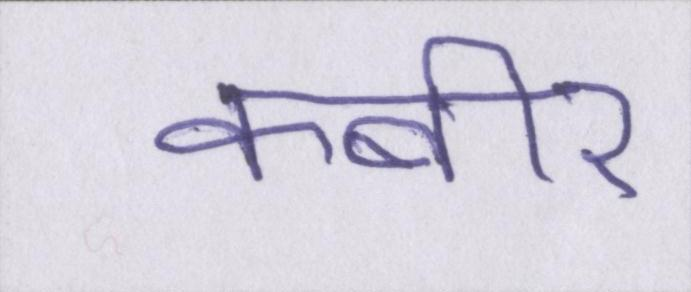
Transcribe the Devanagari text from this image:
कबीर